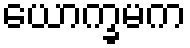
ယောက္ခမက